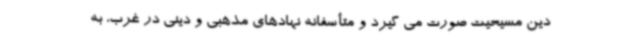
دین مسیحیت صورت می گیرد و متأسفانه نهادهای مذهبی و دینی در غرب، به